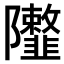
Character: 𨽮